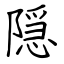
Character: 隠